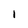
Character: 1